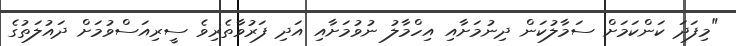
"މިފަދަ ކަންކަމަށް ސަމާލުކަން ދިނުމަށާއި އިހްމާލު ނުވުމަށާއި އަދި ފަރުވާތެރިވެ ސީރިއަސްވުމަށް ދައުލަތުގެ